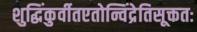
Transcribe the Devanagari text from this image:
शुद्धिंकुर्वीतएतोन्विंद्रेतिसूक्ततः